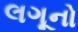
લગૂનો